Vaccination returns of the Province of Eastern Bengal and Assam - 1905-1912
Year: 1905
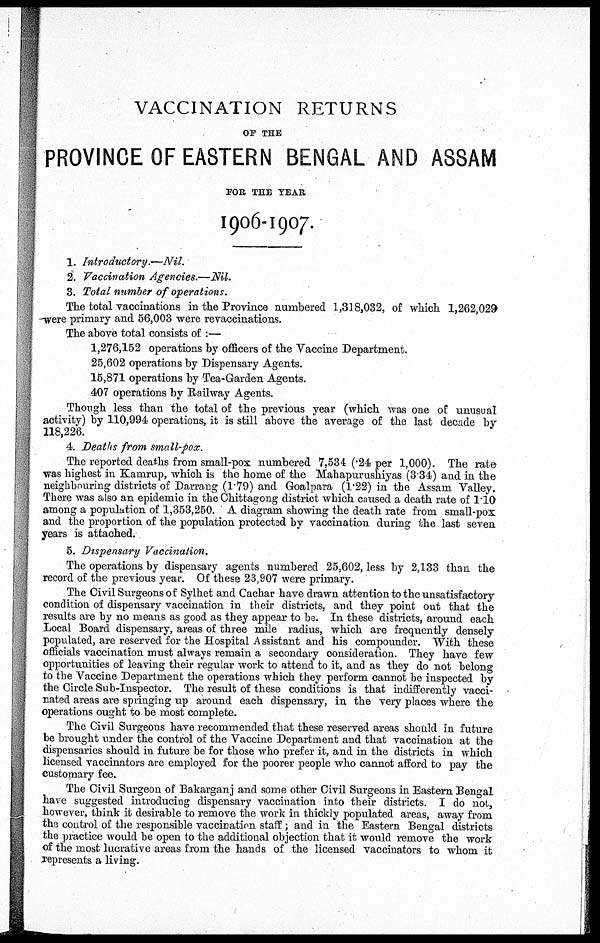
VACCINATION RETURNS
OF THE
PROVINCE OF EASTERN BENGAL AND ASSAM
FOR THE YEAR
1906-1907.
1. Introductory.—Nil.
2. Vaccination Agencies.—Nil.
3. Total number of operations.
The total vaccinations in the Province numbered 1,318,032, of which 1,262,029
were primary and 56,003 were revaccinations.
The above total consists of :—
1,276,152 operations by officers of the Vaccine Department.
25,602 operations by Dispensary Agents.
15,871 operations by Tea-Garden Agents.
407 operations by Railway Agents.
Though less than the total of the previous year (which was one of unusual
activity) by 110,994 operations, it is still above the average of the last decade by
118,226.
4. Deaths from small-pox.
The reported deaths from small-pox numbered 7,534 (.24 per 1,000). The rate
was highest in Kamrup, which is the home of the Mahapurushiyas (3. 4) and in the
neighbouring districts of Darrang (1.79) and Goalpara (1.22) in the Assam Valley.
There was also an epidemic in the Chittagong district which caused a death rate of 1.10
among a population of 1,353,250. A diagram showing the death rate from small-pox
and the proportion of the population protected by vaccination during the last seven
years is attached.
5. Dispensary Vaccination.
The operations by dispensary agents numbered 25,602, less by 2,133 than the
record of the previous year. Of these 23,907 were primary.
The Civil Surgeons of Sylhet and Cachar have drawn attention to the unsatisfactory
condition of dispensary vaccination in their districts, and they point out that the
results are by no means as good as they appear to be. In these districts, around each
Local Board dispensary, areas of three mile radius, which are frequently densely
populated, are reserved for the Hospital Assistant and his compounder. With these
officials vaccination must always remain a secondary consideration. They have few
opportunities of leaving their regular work to attend to it, and as they do not belong
to the Vaccine Department the operations which they perform cannot be inspected by
the Circle Sub-Inspector. The result of these conditions is that indifferently vacci-
nated areas are springing up around each dispensary, in the very places where the
operations ought to be most complete.
The Civil Surgeons have recommended that these reserved areas should in future
be brought under the control of the Vaccine Department and that vaccination at the
dispensaries should in future be for those who prefer it, and in the districts in which
licensed vaccinators are employed for the poorer people who cannot afford to pay the
customary fee.
The Civil Surgeon of Bakarganj and some other Civil Surgeons in Eastern Bengal
have suggested introducing dispensary vaccination into their districts. I do not,
however, think it desirable to remove the work in thickly populated areas, away from
the control of the responsible vaccination staff; and in the Eastern Bengal districts
the practice would be open to the additional objection that it would remove the work
of the most lucrative areas from the hands of the licensed vaccinators to whom it
represents a living.